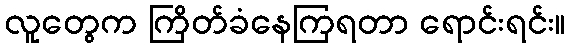
လူတွေက ကြိတ်ခံနေကြရတာ ရောင်းရင်း။